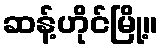
ဆန့်ဟိုင်မြို့။